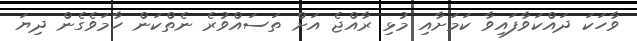
ވާހަކަ ދައްކަވާފައިވާ ކަމަށާއި މުޅި ރާއްޖެ އަށް ތަސައްވުރެ ނެތްކަން ހާމަވެގެން ދިޔަ